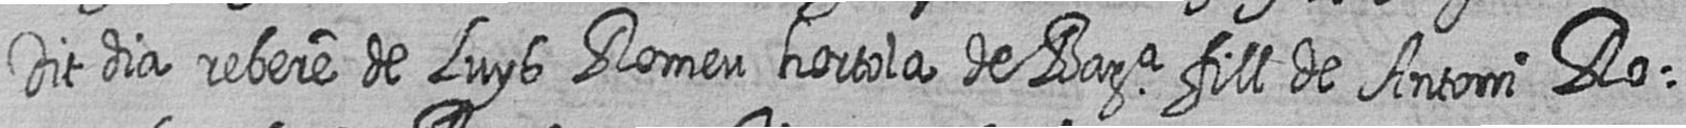
Dit dia rebere de Luys Romeu hortola de Bara fill de Antoni Ro=